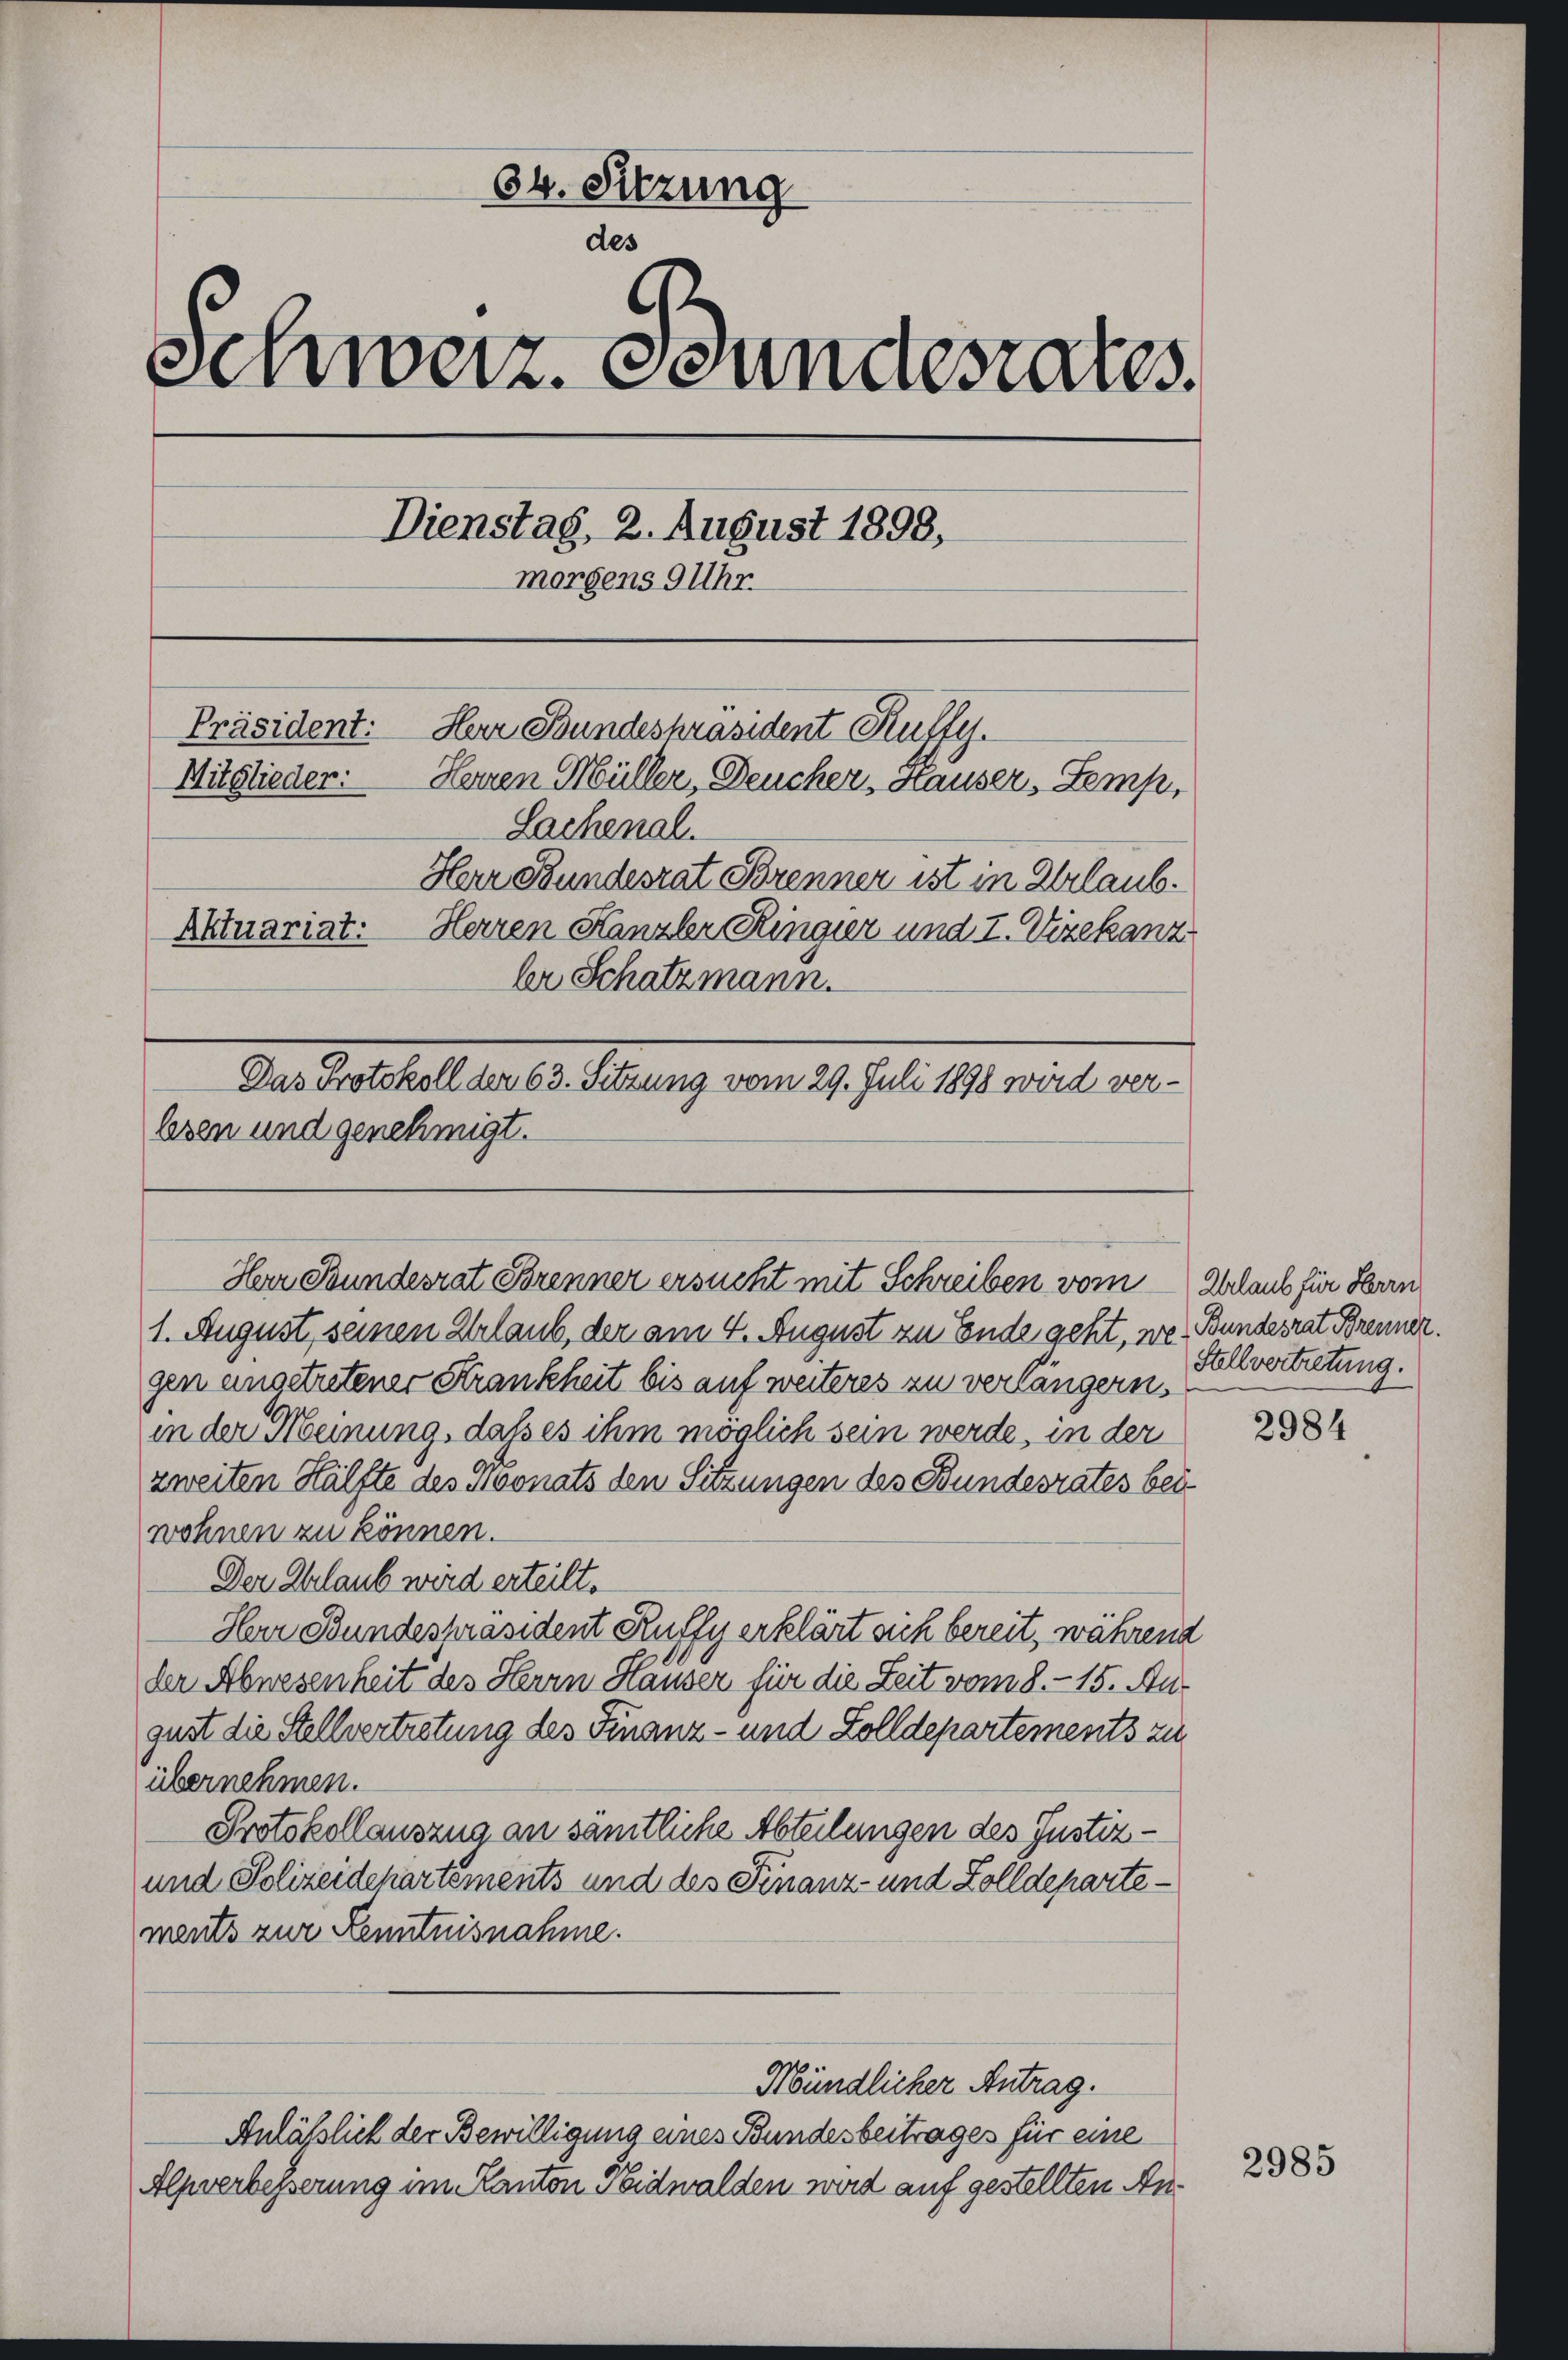
64. Sitzung
des
Schweiz. Bundesrates
Dienstag, 2. August 1898,
morgens 9 Uhr.
Präsident:
Her Bundespräsident Kuffy.
Mitglieder. Herren Müller, Deucher, Hauser, Temp
Lachenal.
Herr Bundesrat Brenner ist in Urlaub.
Aktuariat:
Herren Kanzler Ringier und I. Vizekanz
ber Schatzmann.
Das Protokoll den 63. Sitzung vom 29. Juli 1898 wird ver-
lesen und genehmigt.

1. August, seinen Urlaub, der am 4. August zu Ende geht, we Bundesrat Brenner.
gen angetretener Krankheit bis auf weiteres zu verlängern,
in der Meinung, daß es ihm möglich sein werde, in der
zweiten Hälfte des Noonats den Sitzungen des Bundesrates bei
wohnen zu können.
Der Erlaub wird erteilt.
Her Bundespräsident Ruffy erklärt sich bereit, während
der Abwesenheit des Herrn Hauser für die Zeit vom 8. - 15. Au-
gust die Stellvertretung des Finanz- und Solldepartements zu
übernehmen.
Protokollauszug an sämtliche Abteilungen des Justiz-
und Polizeidepartements und des Finanz- und Zolldepartements zur Kenntnisnahme.
Mündlicher Antrag.
Anläßlich der Bewilligung eines Bundesbeitrages für eine
Alpverbesserung im Kanton Seidwalden wird auf gestellten An¬

Herr Bundesrat Brenner ersucht mit Schreiben vom Urlaub für Herrn

Stellvertretung.

2984

2985